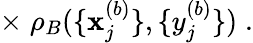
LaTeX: \times\; \rho_{B}(\{ \mathbf{x}_{j}^{(b)}\} ,\{ y_{j}^{(b)}\} )\; .